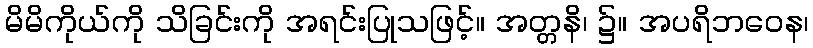
မိမိကိုယ်ကို သိခြင်းကို အရင်းပြုသဖြင့်။ အတ္တနိ၊ ၌။ အပရိဘဝေန၊